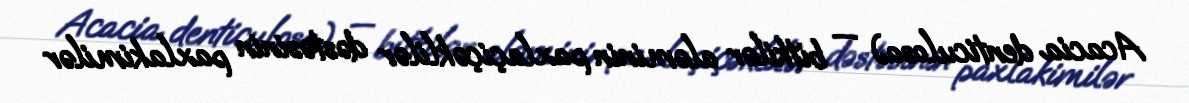
Acacia denticulosa) — bitkilər aləminin paxlaçiçəklilər dəstəsinin paxlakimilər